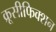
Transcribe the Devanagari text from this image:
क्रूसीफिक्शन